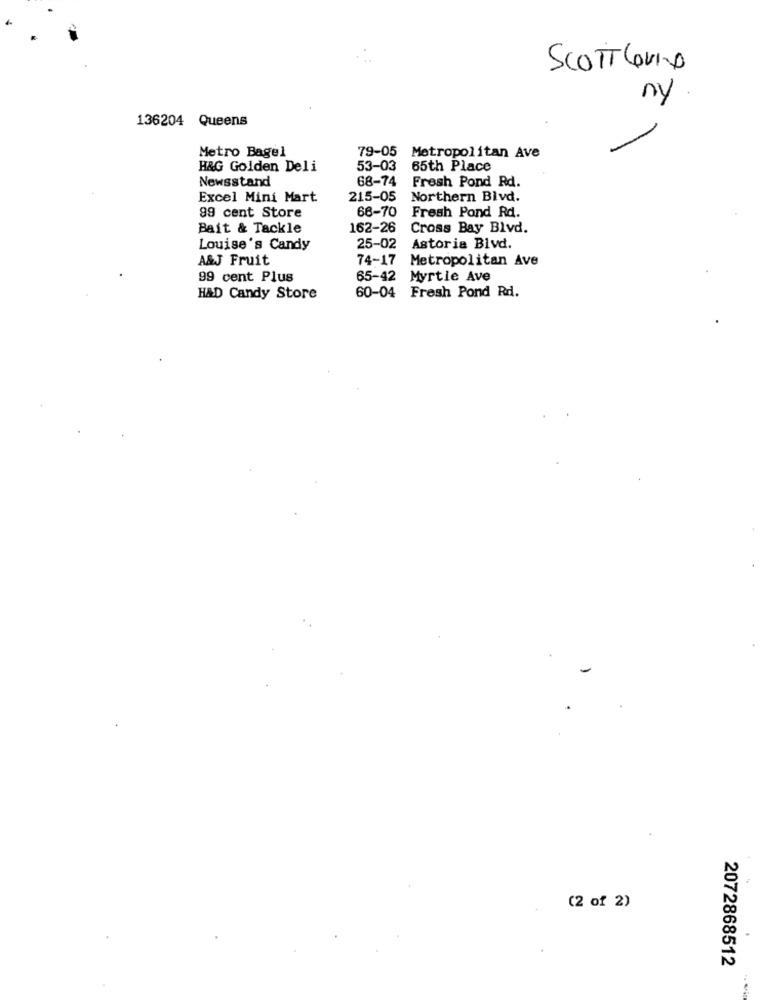
SCOTTCOVID
ny
136204 Queens
Metro Bagel
79-05 Metropolitan Ave
H&G Golden Deli
53-03
65th Place
Newsstand
68-74
Fresh Pond Rd.
Excel Mini Mart
215-05
Northern Blvd.
99 cent Store
68-70
Fresh Pond Rd.
Bait & Tackle
162-26
Cross Bay Blvd.
Louise's Candy
25-02
Astoria Blvd.
A&J Fruit
74-17 Metropolitan Ave
99 cent Plus
65-42 Myrtle Ave
H&D Candy Store
60-04 Fresh Pond Rd.
(2 of 2)
2072868512